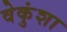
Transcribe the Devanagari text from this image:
वेकुंशा